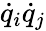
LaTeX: {\dot{q}}_{i}{\dot{q}}_{j}